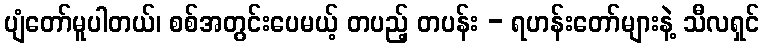
ပျံတော်မူပါတယ်၊ စစ်အတွင်းပေမယ့် တပည့် တပန်း - ရဟန်းတော်များနဲ့ သီလရှင်